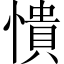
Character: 憒